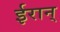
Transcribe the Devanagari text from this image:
ईरान्